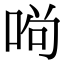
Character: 𠴣